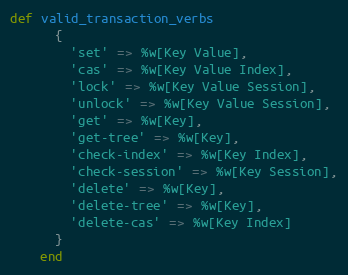
Language: Ruby
def valid_transaction_verbs
      {
        'set' => %w[Key Value],
        'cas' => %w[Key Value Index],
        'lock' => %w[Key Value Session],
        'unlock' => %w[Key Value Session],
        'get' => %w[Key],
        'get-tree' => %w[Key],
        'check-index' => %w[Key Index],
        'check-session' => %w[Key Session],
        'delete' => %w[Key],
        'delete-tree' => %w[Key],
        'delete-cas' => %w[Key Index]
      }
    end